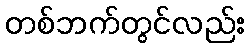
တစ်ဘက်တွင်လည်း